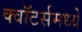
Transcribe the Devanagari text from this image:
क्वॉटर्समध्ये